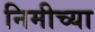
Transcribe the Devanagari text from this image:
निमीच्या